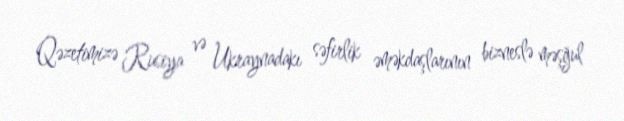
Qəzetimizə Rusiya və Ukraynadakı səfirlik əməkdaşlarının bizneslə məşğul